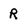
Character: R